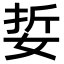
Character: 娎